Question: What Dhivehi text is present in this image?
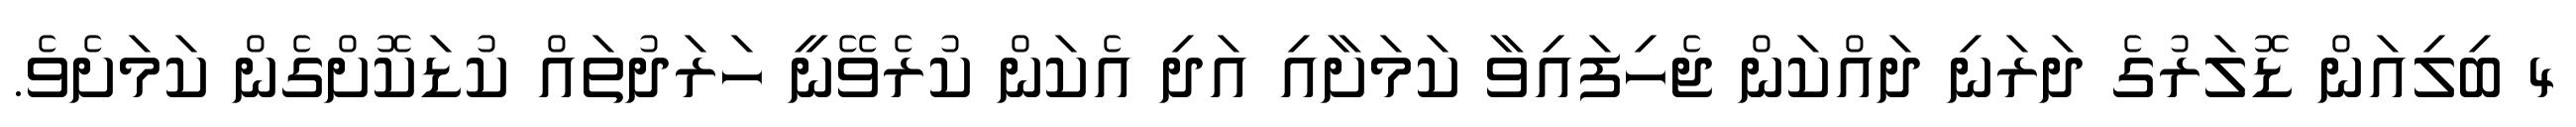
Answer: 4 ބިލިއަން ޑޮލަރުގެ ދަރަނި ދައްކަން ޖެހިފައިވާ ކަމަށާއި އަދި އެކަން ކުރެވޭނީ ހަރަދުތައް ކުޑަކޮށްގެން ކަމަށެވެ.